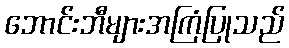
ဘောင်းဘီများအကြံပြုသည်